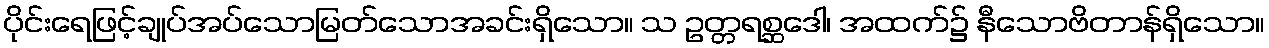
ပိုင်းရေဖြင့်ချုပ်အပ်သောမြတ်သောအခင်းရှိသော။ သ ဥတ္တရစ္ဆဒေါ၊ အထက်၌ နီသောဗိတာန်ရှိသော။